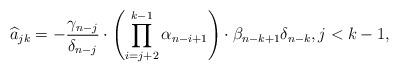
LaTeX: \begin{align*}\widehat{a}_{jk} = -\frac{\gamma_{n-j}}{\delta_{n-j}} \cdot \left(\prod_{i=j+2}^{k-1} \alpha_{n-i+1} \right) \cdot \beta_{n-k+1}\delta_{n-k}, j < k -1,\end{align*}